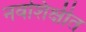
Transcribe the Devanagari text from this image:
नवशिक्षीत